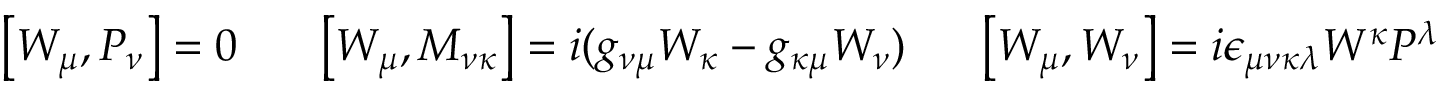
\left[ W _ { \mu } , P _ { \nu } \right] = 0 \, \, \, \, \, \, \, \, \, \, \left[ W _ { \mu } , M _ { \nu \kappa } \right] = i ( g _ { \nu \mu } W _ { \kappa } - g _ { \kappa \mu } W _ { \nu } ) \, \, \, \, \, \, \, \, \, \left[ W _ { \mu } , W _ { \nu } \right] = i \epsilon _ { \mu \nu \kappa \lambda } W ^ { \kappa } P ^ { \lambda }